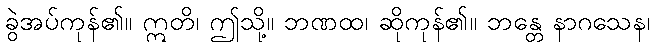
ခွဲအပ်ကုန်၏။ ဣတိ၊ ဤသို့။ ဘဏထ၊ ဆိုကုန်၏။ ဘန္တေ နာဂသေန၊